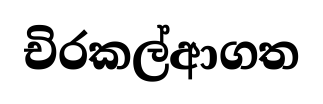
චිරකල්ආගත